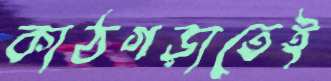
কাঠগড়াতেই